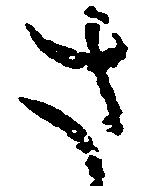
さ